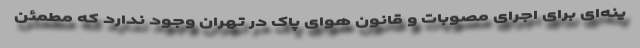
ینه‌ای برای اجرای مصوبات و قانون هوای پاک در تهران وجود ندارد که مطمئن